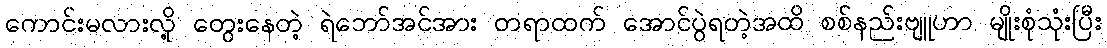
ကောင်းမလားလို့ တွေးနေတဲ့ ရဲဘော်အင်အား တရာထက် အောင်ပွဲရတဲ့အထိ စစ်နည်းဗျူဟာ မျိုးစုံသုံးပြီး